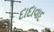
દાદાવાદ